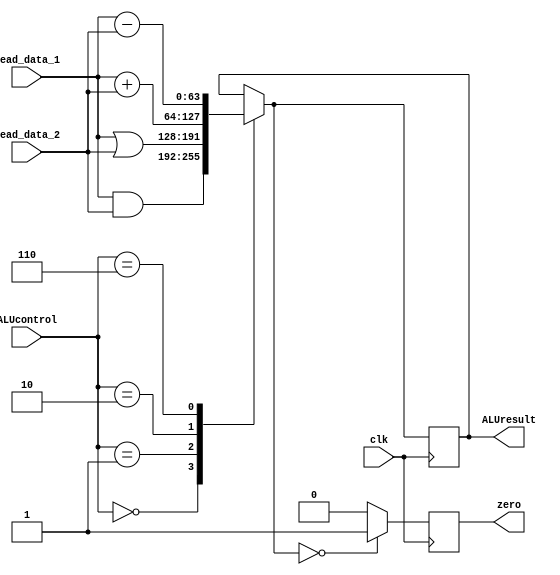
module ALU(clk,read_data_1,read_data_2,ALUcontrol,ALUresult,zero);
  
  input clk;
  input [63:0] read_data_1,read_data_2;
  wire [63:0] r1,r2;
  input [3:0] ALUcontrol;
  output reg [63:0] ALUresult;
  output reg zero;
  
  assign r1 = read_data_1;
  assign r2 = read_data_2;

  
  always@(posedge clk)
    begin
      case(ALUcontrol)
      
      0: ALUresult = r1 & r2;
         
      1: ALUresult = r1 | r2;
        
      2: ALUresult = r1 + r2;
        
      6: ALUresult = r1 - r2;
      
      endcase 
      
      if(ALUresult == 0)
        zero = 1;
      else
        zero = 0;
       
    end
endmodule